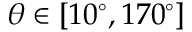
\theta \in [ 1 0 ^ { \circ } , 1 7 0 ^ { \circ } ]